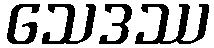
သေဒဿ